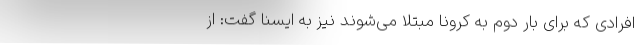
افرادی که برای بار دوم به کرونا مبتلا می‌شوند نیز به ایسنا گفت: از